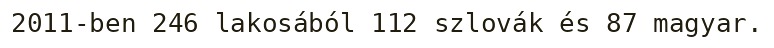
2011-ben 246 lakosából 112 szlovák és 87 magyar.